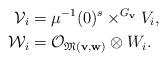
LaTeX: \begin{align*}\mathcal{V}_i &= \mu^{-1}(0)^{s} \times^{G_{\bf v}} V_i, \\\mathcal{W}_i &= \mathcal{O}_{\mathfrak{M}({\bf v}, {\bf w})} \otimes W_i.\end{align*}